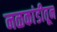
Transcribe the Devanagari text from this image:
नळकांडीतून